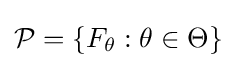
{\mathcal {P}}=\{F_{\theta }:\theta \in \Theta \}